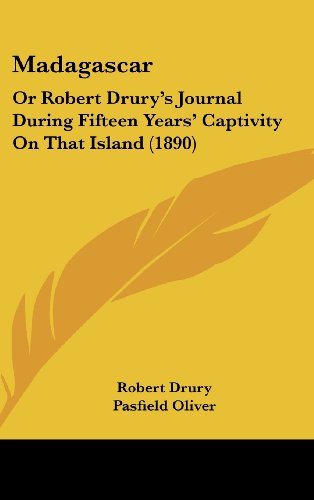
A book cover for Madagascar: Or Robert Drury's Journal During Fifteen Years' Captivity On That Island (1890); Robert Drury; Travel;